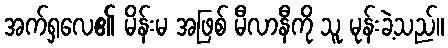
အက်ရှလေ၏ မိန်းမ အဖြစ် မီလာနီကို သူ မုန်းခဲ့သည်။